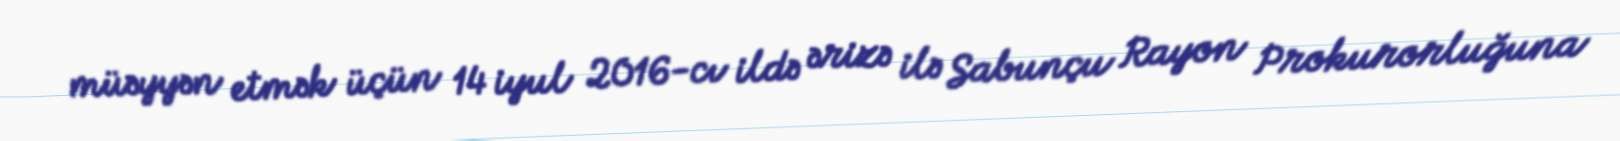
müəyyən etmək üçün 14 iyul 2016-cı ildə ərizə ilə Sabunçu Rayon Prokurorluğuna